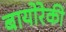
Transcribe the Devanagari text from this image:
बायोरेकी